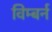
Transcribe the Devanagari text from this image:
विम्बर्न